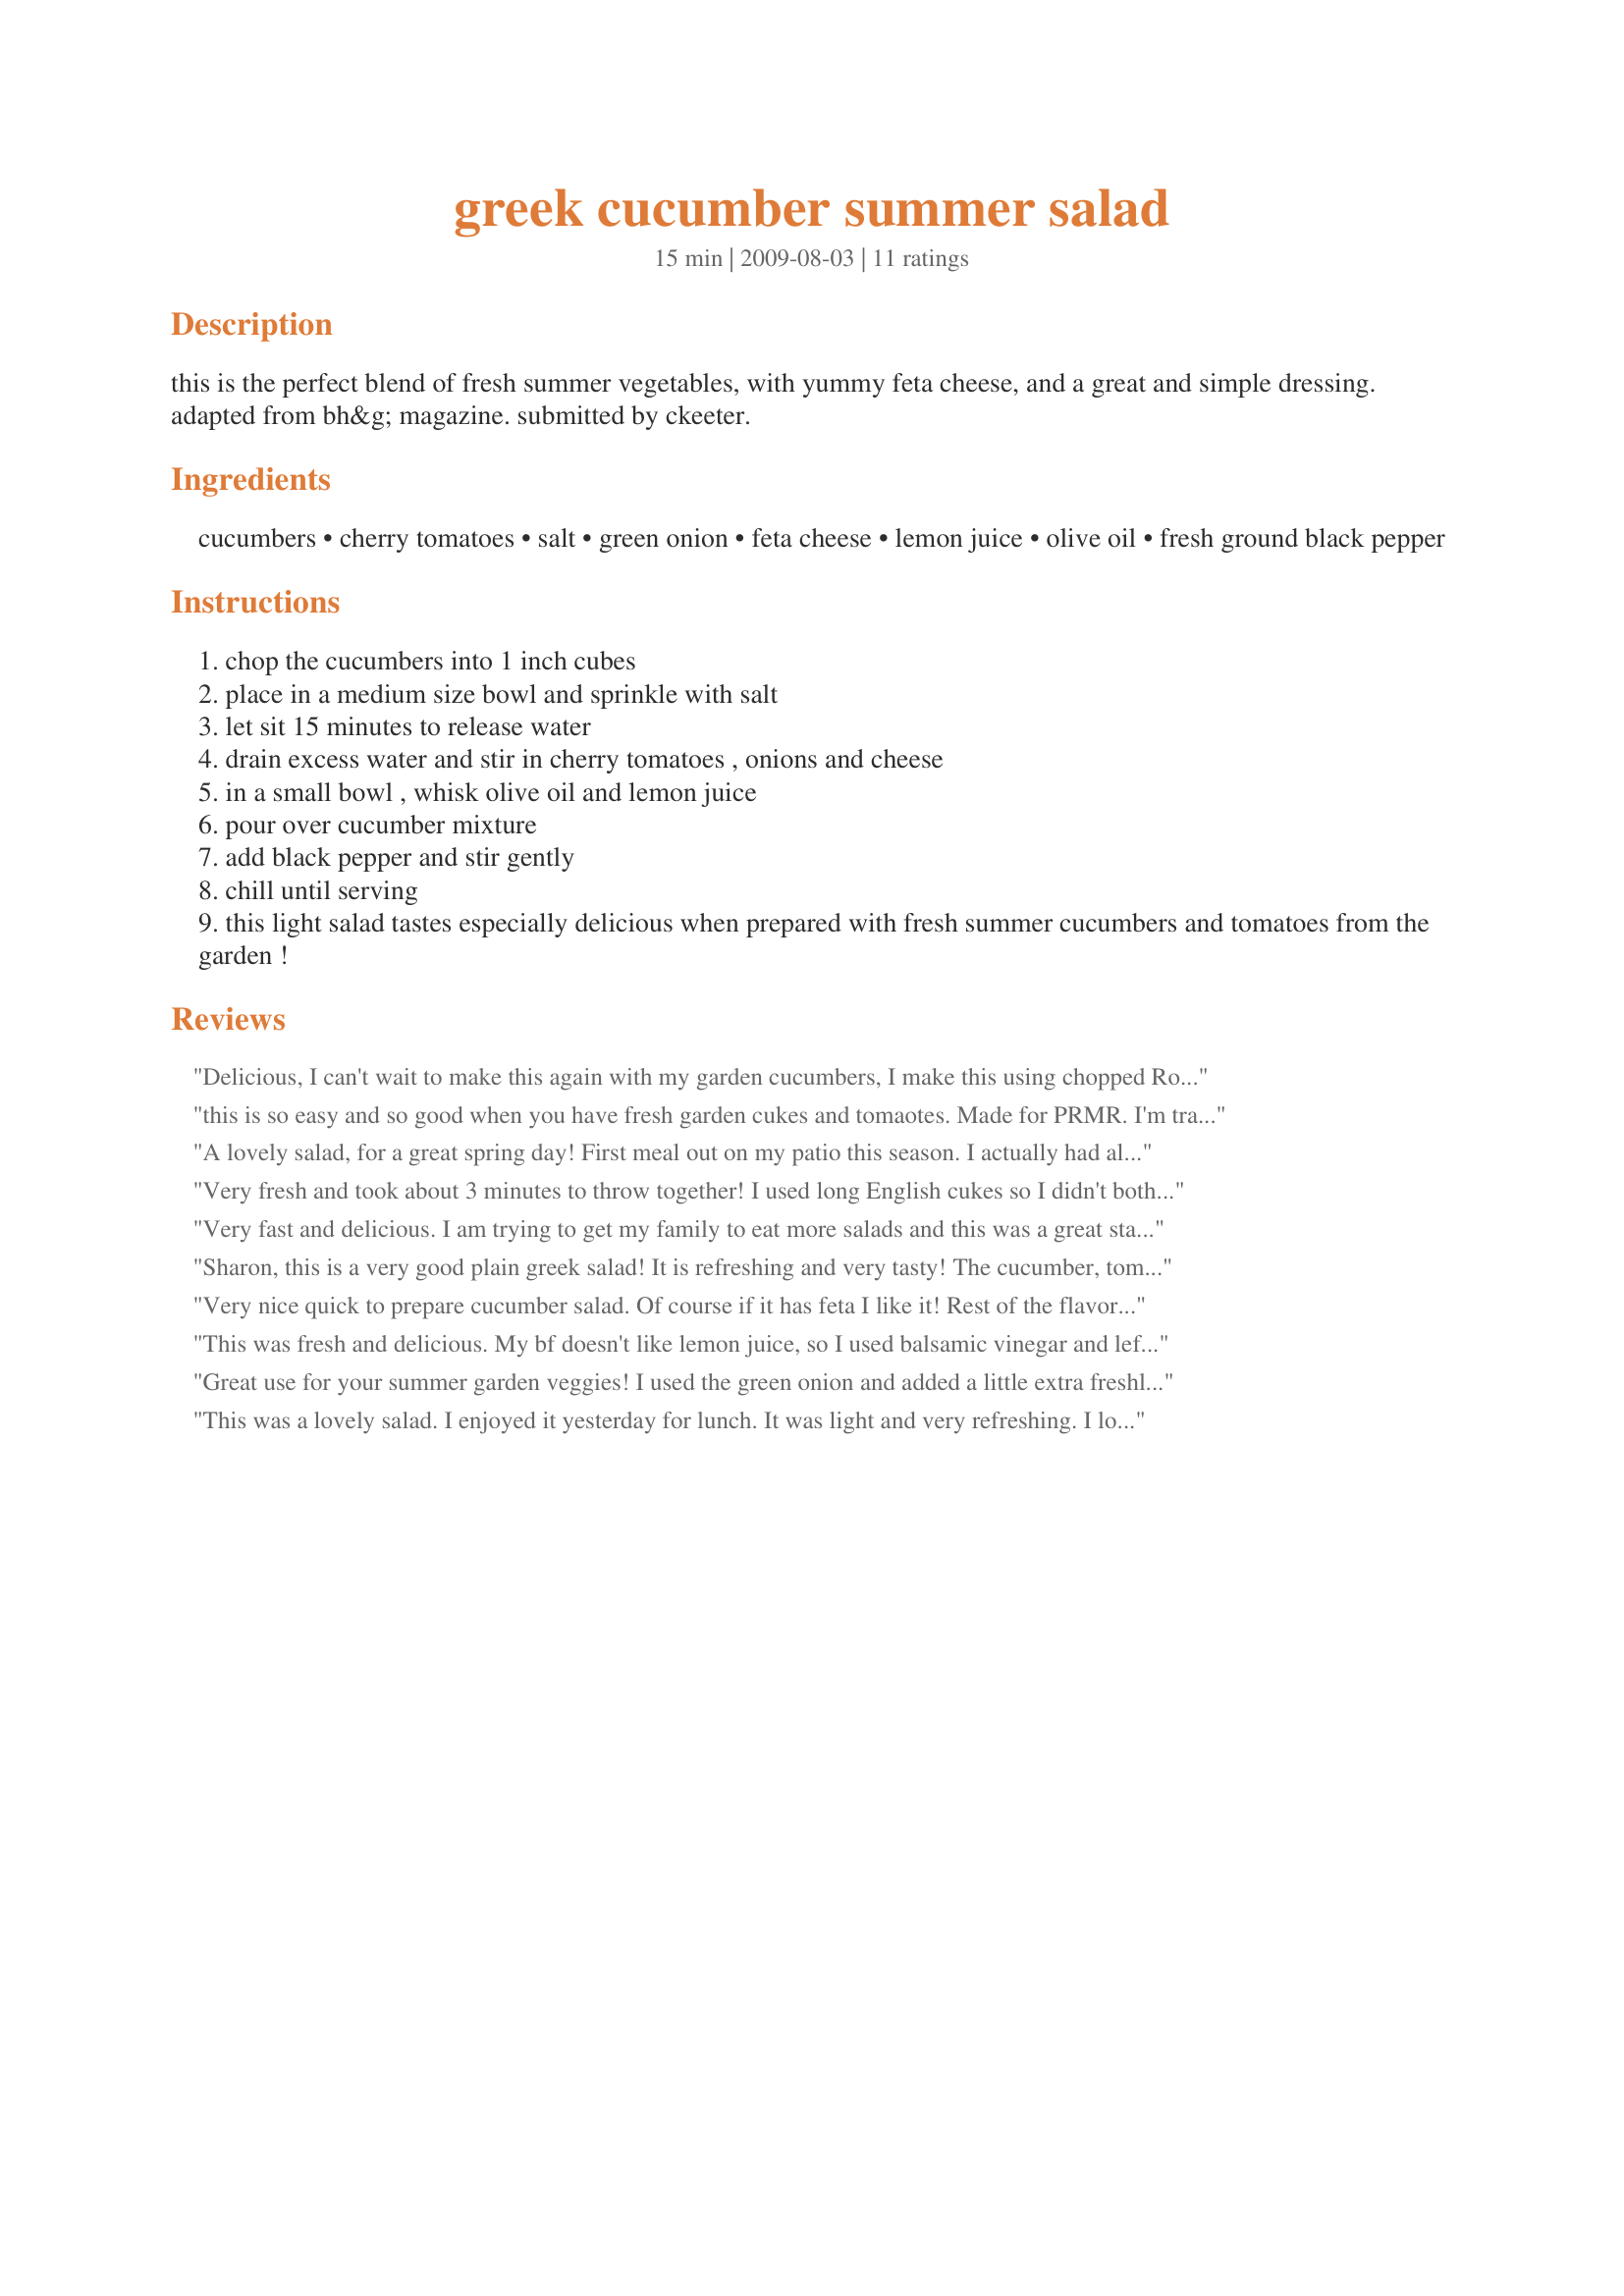
greek cucumber summer salad
Preparation time: 15 minutes

this is the perfect blend of fresh summer vegetables, with yummy feta cheese, and a great and simple dressing. adapted from bh&g magazine. submitted by ckeeter.

Ingredients:
cucumbers, cherry tomatoes, salt, green onion, feta cheese, lemon juice, olive oil, fresh ground black pepper

Steps:
chop the cucumbers into 1 inch cubes
place in a medium size bowl and sprinkle with salt
let sit 15 minutes to release water
drain excess water and stir in cherry tomatoes , onions and cheese
in a small bowl , whisk olive oil and lemon juice
pour over cucumber mixture
add black pepper and stir gently
chill until serving
this light salad tastes especially delicious when prepared with fresh summer cucumbers and tomatoes from the garden !

Reviews:
Delicious, I can't wait to make this again with my garden cucumbers, I make this using chopped Roma tomatoes in place of the cherry and also did a few minor amount adjustments, thank you Sharon, this was made for KK's Green event
this is so easy and so good when you have fresh garden cukes and tomaotes. Made for PRMR. I'm traveling in NC, so had great cukes and maters to use. Delish1
A lovely salad, for a great spring day! First meal out on my patio this season. I actually had almost asll of the ingredients in my fridge! Thanks for posting, Sharon! Made for Go For The Green event at KK's new site!
Very fresh and took about 3 minutes to throw together! I used long English cukes so I didn't bother peeling or seeding them. Used grape tomatoes and cut them in half. Everything else was as listed. I made this for 1 and had a very nice lunch! Made for Ramadan Tag. Thanks! :)
Very fast and delicious. I am trying to get my family to eat more salads and this was a great start! They loved it ! Thanks!
Sharon, this is a very good plain greek salad! It is refreshing and very tasty! The cucumber, tomatoes and feta go great together and the pepper and oil are the perfect light dressing for them!<br/>I made quite a large quantity of this so that I could try using part of it in a pasta salad with additional herbs and some sun-dried tomatoes and pesto sauce. Great!<br/>THANK YOU SO MUCH for sharing this recipe with us!<br/>Made and reviewed for my chosen chef during Veggie Swap #25 August 2010.
Very nice quick to prepare cucumber salad. Of course if it has feta I like it! Rest of the flavors are just right, can't wait to actually make it in the summer.
This was fresh and delicious. My bf doesn't like lemon juice, so I used balsamic vinegar and left out the onions for both of us. I used an English cucumber and it didn't even sweat out any water. I will definitely make this one again, thanks for sharing
Great use for your summer garden veggies! I used the green onion and added a little extra freshly ground black pepper. It's a light and cool salad. Thanx for sharing!
This was a lovely salad. I enjoyed it yesterday for lunch. It was light and very refreshing. I loved that it had only three vegetables and lots of feta cheese. The dressing was spot on and complimented the fresh garden vegetables perfectly. Thanks for sharing another winner Sharon.
DH would eat salad everyday if I made it. He really enjoyed this one. Made for ZWT6 -No-Nonsense Nibblers
